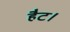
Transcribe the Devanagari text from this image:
हैट।